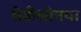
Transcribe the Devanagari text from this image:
बेबीलोनया